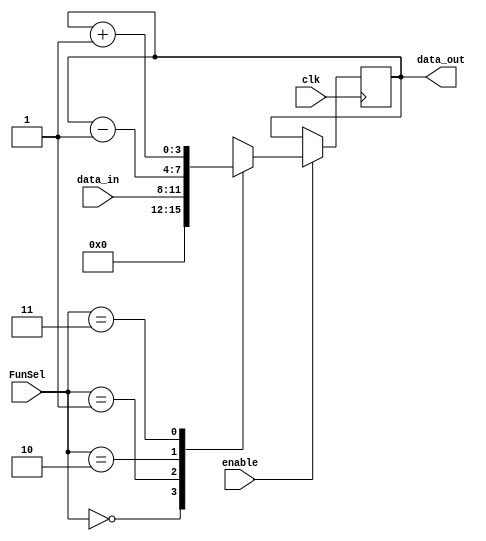
//////////////////////////////////////////////////////////////////////////////////
// Company: 
// Engineer: 
// 
// Design Name: 
// Module Name: Memory
// Project Name: 
// Target Devices: 
// Tool Versions: 
// Description: 
// 
// Dependencies: 
// 
// Revision:
// Revision 0.01 - File Created
// Additional Comments:
// 
//////////////////////////////////////////////////////////////////////////////////
module part1 #(parameter n = 4) (input clk, input [1:0] FunSel, input [n-1:0] data_in, input enable, output reg [n-1:0] data_out);

    wire [n-1:0] zero = 0;
    always @(posedge clk)
    begin
        if (enable == 0)
            data_out = data_out;
        else
            case (FunSel)
                2'b00: data_out = zero;
                2'b01: data_out = data_in;
                2'b10: data_out = data_out - 1;
                2'b11: data_out = data_out + 1;
            endcase
    end
endmodule

module part2a_IRreg(input clk, input[7:0] I, input [1:0] FunSel, input LH, input enable, output reg [15:0] data_out);

    always @(posedge clk)
    begin
        if (enable == 0)
            data_out = data_out;
        else
            if(FunSel == 2'b00) data_out = 16'b000000000000000;
            else if(FunSel == 2'b01) begin
                if(LH == 0) data_out[7:0] = I;
                else if(LH == 1) data_out[15:8] = I;
            end
            else if(FunSel == 2'b10) data_out = data_out - 1;
            else if(FunSel == 2'b11) data_out = data_out + 1;
    end

endmodule

module part2b_RF (
    input clk,
    input [7:0] I,
    input [2:0] O1Sel,
    input [2:0] O2Sel,
    input [1:0] FunSel,
    input [3:0] RSel,
    input [3:0] TSel,
    output reg [7:0] O1,
    O2
);

    reg [7:0] R1;
    reg [7:0] R2;
    reg [7:0] R3;
    reg [7:0] R4;
    
    reg [7:0] T1;
    reg [7:0] T2;
    reg [7:0] T3;
    reg [7:0] T4;
 
    always @ (posedge clk) begin

        if(FunSel == 2'b00) begin
            if(RSel[0] == 1) 
                 R4 = 8'b00000000;
            if(RSel[1] == 1) 
                 R3 = 8'b00000000;
            if(RSel[2] == 1) 
                 R2 = 8'b00000000;
            if(RSel[3] == 1) 
                 R1 = 8'b00000000;
            if(TSel[0] == 1) 
                 T4 = 8'b00000000;
            if(TSel[1] == 1) 
                 T3 = 8'b00000000;
            if(TSel[2] == 1) 
                 T2 = 8'b00000000;
            if(TSel[3] == 1) 
                 T1 = 8'b00000000;
        end
        else if(FunSel == 2'b01) begin
            if(RSel[0])  R4 = I;
            if(RSel[1])  R3 = I;
            if(RSel[2])  R2 = I;
            if(RSel[3])  R1 = I;
            if(TSel[0])  T4 = I;
            if(TSel[1])  T3 = I;
            if(TSel[2])  T2 = I;
            if(TSel[3])  T1 = I;
        end
        else if(FunSel == 2'b10) begin
            if(RSel[0])  R4 = R4 - 1;
            if(RSel[1])  R3 = R3 - 1;
            if(RSel[2])  R2 = R2 - 1;
            if(RSel[3])  R1 = R1 - 1;
            if(TSel[0])  T4 = T4 - 1;
            if(TSel[1])  T3 = T3 - 1;
            if(TSel[2])  T2 = T2 - 1;
            if(TSel[3])  T1 = T1 - 1;
        end
        else if(FunSel == 2'b11) begin
            if(RSel[0])  R4 = R4 + 1;
            if(RSel[1])  R3 = R3 + 1;
            if(RSel[2])  R2 = R2 + 1;
            if(RSel[3])  R1 = R1 + 1;
            if(TSel[0])  T4 = T4 + 1;
            if(TSel[1])  T3 = T3 + 1;
            if(TSel[2])  T2 = T2 + 1;
            if(TSel[3])  T1 = T1 + 1;
        end
                
        if( O1Sel == 3'b000)  O1 = T1;
        else if( O1Sel == 3'b001)  O1 = T2;
        else if( O1Sel == 3'b010)  O1 = T3;
        else if( O1Sel == 3'b011)  O1 = T4;
        else if( O1Sel == 3'b100)  O1 = R1;
        else if( O1Sel == 3'b101)  O1 = R2;
        else if( O1Sel == 3'b110)  O1 = R3;
        else if( O1Sel == 3'b111)  O1 = R4;


        if( O2Sel == 3'b000)  O2 = T1;
        else if( O2Sel == 3'b001)  O2 = T2;
        else if( O2Sel == 3'b010)  O2 = T3;
        else if( O2Sel == 3'b011)  O2 = T4;
        else if( O2Sel == 3'b100)  O2 = R1;
        else if( O2Sel == 3'b101)  O2 = R2;
        else if( O2Sel == 3'b110)  O2 = R3;
        else if( O2Sel == 3'b111)  O2 = R4;

    end 
endmodule


//Address Register File
module part2c_ARF(
    input clk,
    input [7:0] I,
    input [1:0] OutASel,
    input [1:0] OutBSel,
    input [1:0] FunSel,
    input [3:0] RSel,
    output reg [7:0] OutA,
    output reg [7:0] OutB
);

reg [7:0] PC;
reg [7:0] AR;
reg [7:0] SP;
reg [7:0] PCPast;


always @ (posedge clk) begin

    if(FunSel == 2'b00)
    begin
        if(RSel[3] == 1) 
            PC = 8'b00000000;
        if(RSel[2] == 1) 
            AR = 8'b00000000;
        if(RSel[1] == 1) 
            SP = 8'b00000000;
        if(RSel[0] == 1) 
            PCPast = 8'b00000000;
    end
    else if(FunSel == 2'b01)
    begin
        if(RSel[3] == 1) 
            PC = I;
        if(RSel[2] == 1) 
            AR = I;
        if(RSel[1] == 1) 
            SP = I;
        if(RSel[0] == 1)
            PCPast = I;
    end
    else if(FunSel == 2'b10)
    begin
        if(RSel[3] == 1) 
            PC = PC + 1;
        if(RSel[2] == 1) 
            AR = AR + 1;
        if(RSel[1] == 1) 
            SP = SP + 1;
        if(RSel[0] == 1)
            PCPast = PCPast + 1;
    end
    else if(FunSel == 2'b11)
    begin
        if(RSel[3] == 1) 
            PC = PC - 1;
        if(RSel[2] == 1) 
            AR = AR - 1;
        if(RSel[1] == 1) 
            SP = SP - 1;
        if(RSel[0] == 1)
            PCPast = PCPast - 1;
    end


    if(OutASel == 2'b00) OutA = AR;
    else if(OutASel == 2'b01) OutA = SP;
    else if(OutASel == 2'b10) OutA = PCPast;
    else if(OutASel == 2'b11) OutA = PC;

    if(OutBSel == 2'b00) OutB = AR;
    else if(OutBSel == 2'b01) OutB = SP;
    else if(OutBSel == 2'b10) OutB = PCPast;
    else if(OutBSel == 2'b11) OutB = PC;

end

endmodule


module part3_ALU (input clk, input [7:0] A, input [7:0] B, input [3:0] FunSel, output reg [7:0] OutALU, output reg [3:0] Flags);

    reg [7:0] B_neg;
    reg cout;

    always @(posedge clk) begin
        B_neg = (~B) + 8'b00000001; // 2's complement of B
        cout = Flags[2];

        if(FunSel == 4'b0000)
            OutALU = A;
        else if(FunSel == 4'b0001)
            OutALU = B;
        else if(FunSel == 4'b0010)
            OutALU = ~A;
        else if(FunSel == 4'b0011)
            OutALU = ~B;
        else if(FunSel == 4'b0100) begin // A+B
            {cout, OutALU} = {1'b0, A} + {1'b0, B};
            if(cout == 1) Flags[0] = 1;
            else Flags[0] = 0;
        end
        else if(FunSel == 4'b0101)begin
            {cout, OutALU} = {1'b0, A} + {1'b0, B_neg}; // TODO: check if this is correct
            if(cout !== OutALU[7]) Flags[0] = 1; //Overflow
            else Flags[0] = 0;
        end
        else if(FunSel == 4'b0110)
            begin
                if(A > B) OutALU = A;
                else OutALU = 0;
            end
        else if(FunSel == 4'b0111)
            OutALU = A & B;
        else if(FunSel == 4'b1000)
            OutALU = A | B;
        else if(FunSel == 4'b1001)
            OutALU = ~(A & B);
        else if(FunSel == 4'b1010)
            OutALU = (~A & B) | (A & ~B);
        else if(FunSel == 4'b1011) begin // LSL
            cout = A[7];
            OutALU = A << 1;
        end
        else if (FunSel == 4'b1100) begin //LSR
            cout = A[0];
            OutALU = A >> 1;
        end
        else if (FunSel == 4'b1101) //ASL
            OutALU = A << 1;
        else if (FunSel == 4'b1110)
            OutALU = {A[7], A[7:1]}; 
        else if (FunSel == 4'b1111) begin //CSR
            cout = A[0];
            OutALU = {Flags[2], A[7:1]};
        end

        // Set flags

        if (OutALU == 8'b00000000) Flags[3] = 1; // Z Flag
        else Flags[3] = 0;

        Flags[2] = cout; // C Flag

        if (OutALU[7] == 1) Flags[1] = 1; // N Flag
        else Flags[1] = 0;

    end
endmodule

module Memory(
    input  clock,
    input [7:0] address,
    input [7:0] data,
    input  wr, //Read = 0, Write = 1
    input  cs, //Chip is enable when cs = 0
    output reg[7:0] o // Output
);
    //Declaration of the RAM Area
    reg[7:0] RAM_DATA[0:255];
    //Read Ram data from the file
    initial $readmemh("RAM.mem", RAM_DATA);
    //Read the selected data from RAM
    always @(*) begin
        o = ~wr && ~cs ? RAM_DATA[address] : 8'hZ;
    end
    
    //Write the data to RAM
    always @(posedge clock) begin
        if (wr && ~cs) begin
            RAM_DATA[address] = data; 
        end
    end
endmodule

module mux_2to1(
    input clk,
    input sel,
    input [7:0] in0,
    input [7:0] in1,
    output reg [7:0] out
);

    always @(posedge clk) begin
        if(1'b0) out = in0;
        if(1'b1) out = in1;
    end

endmodule

module mux_4to1(
    input clk,
    input [1:0] sel,
    input [7:0] in0,
    input [7:0] in1,
    input [7:0] in2,
    input [7:0] in3,
    output reg [7:0] out
);

    always @(posedge clk) begin
        if(sel == 2'b00) out = in0;
        if(sel == 2'b01) out = in1;
        if(sel == 2'b10) out = in2;
        if(sel == 2'b11) out = in3;
    end

endmodule

module ALUSystem(
input[2:0] RF_O1Sel, 
input[2:0] RF_O2Sel, 
input[1:0] RF_FunSel,
input[3:0] RF_RSel,
input[3:0] RF_TSel,
input[3:0] ALU_FunSel,
input[1:0] ARF_OutASel, 
input[1:0] ARF_OutBSel,
input[1:0] ARF_FunSel,
input[3:0] ARF_RSel,
input      IR_LH,
input      IR_Enable,
input[1:0] IR_FunSel,
input      Mem_WR,
input      Mem_CS,
input[1:0] MuxASel,
input[1:0] MuxBSel,
input      MuxCSel,
input      Clock
);

    wire [7:0] MemOut;
    wire [7:0] RF_O1,RF_O2;
    wire [7:0] MuxAOut, MuxBOut, MuxCOut;
    wire [3:0] ALU_FlagOut;
    wire [7:0] ALU_Out;
    wire [7:0] ARF_OutA, ARF_OutB;
    wire [15:0] IR_Out;
    wire [7:0] temp;
    
    part2c_ARF ARF(Clock, MuxBOut, ARF_OutASel, ARF_OutBSel, ARF_FunSel, ARF_RSel, ARF_OutA, ARF_OutB);

    part2b_RF RF(Clock, MuxAOut, RF_O1Sel, RF_O2Sel, RF_FunSel, RF_RSel, RF_TSel, RF_O1, RF_O2);

    mux_2to1 MuxC(Clock, MuxCSel, RF_O1, ARF_OutA, MuxCOut);

    part3_ALU ALU(Clock, MuxCOut, RF_O2, ALU_FunSel, ALU_Out, ALU_FlagOut);

    Memory Mem(Clock, ARF_OutB, ALU_Out, Mem_WR, Mem_CS, MemOut);

    part2a_IRreg IR(Clock, MemOut, IR_FunSel, IR_LH, IR_Enable, IR_Out);

    assign temp = IR_Out[7:0];

    mux_4to1 MuxA(Clock, MuxASel, ALU_Out, MemOut, temp, ARF_OutA, MuxAOut);

    mux_4to1 MuxB(Clock, MuxBSel, ALU_Out, MemOut, temp, ARF_OutA, MuxBOut);



endmodule